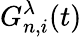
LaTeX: G_{n,i}^{\lambda}(t)